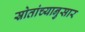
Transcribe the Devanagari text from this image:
स्रोतांच्‍यानुसार